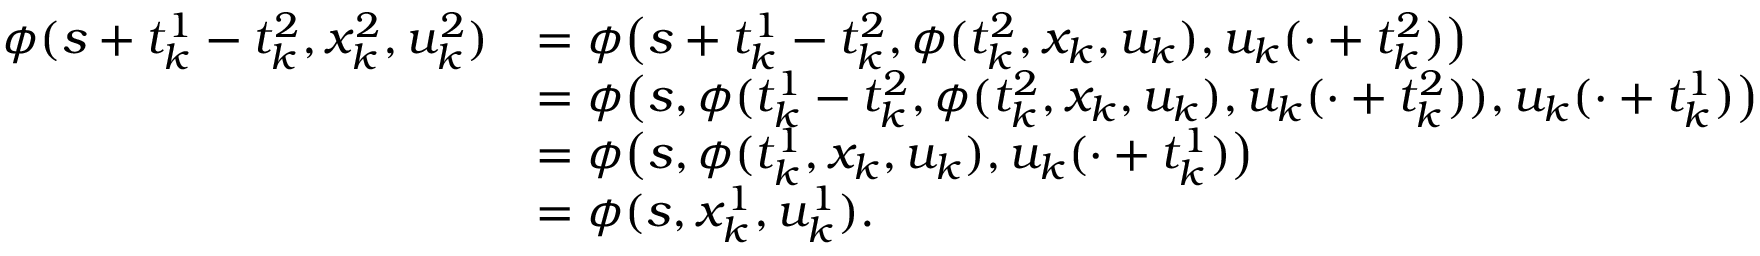
\begin{array} { r l } { \phi ( s + t _ { k } ^ { 1 } - t _ { k } ^ { 2 } , x _ { k } ^ { 2 } , u _ { k } ^ { 2 } ) } & { = \phi \big ( s + t _ { k } ^ { 1 } - t _ { k } ^ { 2 } , \phi ( t _ { k } ^ { 2 } , x _ { k } , u _ { k } ) , u _ { k } ( \cdot + t _ { k } ^ { 2 } ) \big ) } \\ & { = \phi \big ( s , \phi ( t _ { k } ^ { 1 } - t _ { k } ^ { 2 } , \phi ( t _ { k } ^ { 2 } , x _ { k } , u _ { k } ) , u _ { k } ( \cdot + t _ { k } ^ { 2 } ) ) , u _ { k } ( \cdot + t _ { k } ^ { 1 } ) \big ) } \\ & { = \phi \big ( s , \phi ( t _ { k } ^ { 1 } , x _ { k } , u _ { k } ) , u _ { k } ( \cdot + t _ { k } ^ { 1 } ) \big ) } \\ & { = \phi ( s , x _ { k } ^ { 1 } , u _ { k } ^ { 1 } ) . } \end{array}